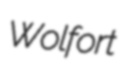
Wolfort